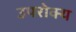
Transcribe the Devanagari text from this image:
उपरोक्य